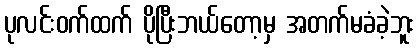
ပုလင်းဝက်ထက် ပိုပြီးဘယ်တော့မှ အတက်မခံခဲ့ဘူး